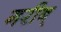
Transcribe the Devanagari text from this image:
गरीब्